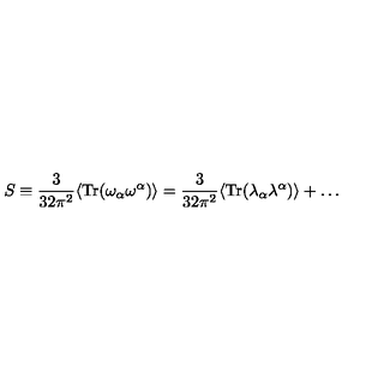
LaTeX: S \equiv \frac { 3 } { 3 2 \pi ^ { 2 } } \langle \mathrm { T r } ( \omega _ { \alpha } \omega ^ { \alpha } ) \rangle = \frac { 3 } { 3 2 \pi ^ { 2 } } \langle \mathrm { T r } ( \lambda _ { \alpha } \lambda ^ { \alpha } ) \rangle + \ldots